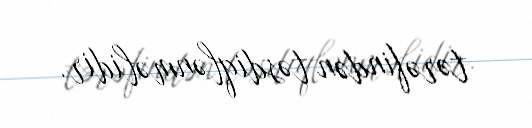
tərəfindən təsdiqlənməlidir.